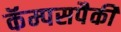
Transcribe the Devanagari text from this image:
कॅम्पसपैकी